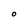
Character: O